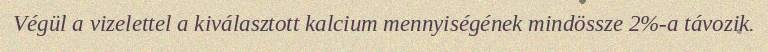
Végül a vizelettel a kiválasztott kalcium mennyiségének mindössze 2%-a távozik.